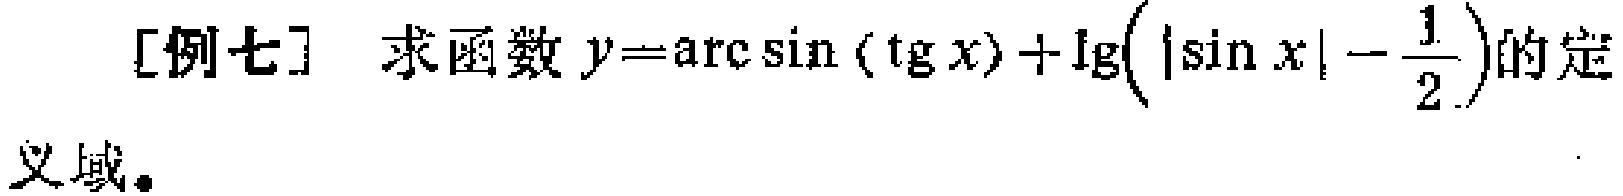
[例七] 求函数 \(y = \arcsin(\text{tg}x)+\lg\left(|\sin x| - \frac{1}{2}\right)\)的定义域。